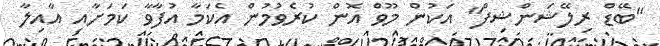
"ބޭޑް ރިލޭޝަންޝިފް" އަކުން މޫވް އޮން ކުރެވުމުން އެކަމާ އުފާވާ ކަމަށާއި އާއިލާ